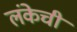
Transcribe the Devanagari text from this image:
लंकेची